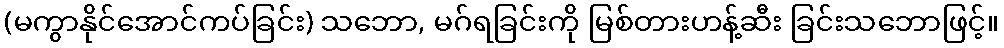
(မကွာနိုင်အောင်ကပ်ခြင်း) သဘော, မဂ်ရခြင်းကို မြစ်တားဟန့်ဆီး ခြင်းသဘောဖြင့်။